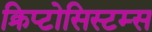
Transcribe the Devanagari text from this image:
क्रिप्टोसिस्टम्स